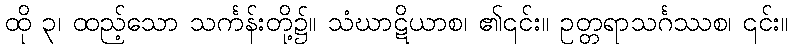
ထို ၃၊ ထည့်သော သင်္ကန်းတို့၌။ သံဃာဋိယာစ၊ ၏၎င်း။ ဥတ္တရာသင်္ဂဿစ၊ ၎င်း။